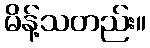
မိန့်သတည်း။